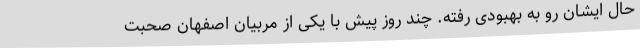
حال ایشان رو به بهبودی رفته. چند روز پیش با یکی از مربیان اصفهان صحبت